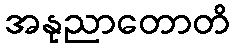
အနုညာတောတိ